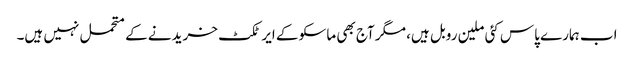
اب ہمارے پاس کئی ملین روبل ہیں، مگر آج بھی ماسکو کے ایرٹکٹ خریدنے کے متحمل نہیں ہیں۔